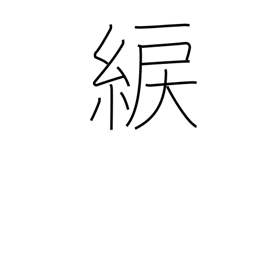
Meaning: yellowish green